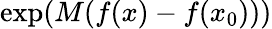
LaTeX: \exp(M(f(x)-f(x_{0})))